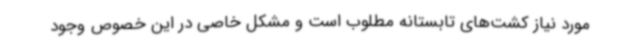
مورد نیاز کشت‌های تابستانه مطلوب است و مشکل خاصی در این خصوص وجود